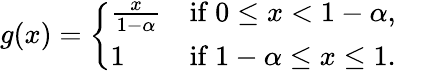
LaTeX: g(x)={\left\{ \begin{array}{ll}{{\frac{x}{1-\alpha}}}&{{\mathrm{if~}}0\leq x<1-\alpha,}\\ {1}&{{\mathrm{if~}}1-\alpha\leq x\leq 1.}\end{array}\right.}\quad